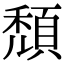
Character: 頹